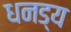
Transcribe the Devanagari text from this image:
धनड्य